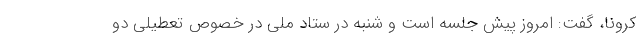
کرونا، گفت: امروز پیش جلسه است و شنبه در ستاد ملی در خصوص تعطیلی دو